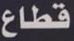
قطاع